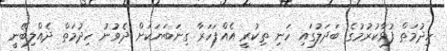
ހިދުމަތް ފުޅާކުރުމުގެ ބަދަލުގައި ހަނި ތިކުރީ އެއްފަހަރާ ގިނަބަޔަކަށް ދެވުނު ހިދުމަތް ދެއްލިބޭނީ